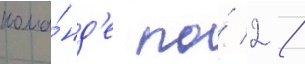
кома́нд'е по́ 2 /